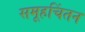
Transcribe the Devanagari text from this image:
समूहचिंतन